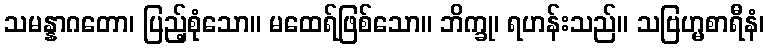
သမန္နာဂတော၊ ပြည့်စုံသော။ မထေရ်ဖြစ်သော။ ဘိက္ခု၊ ရဟန်းသည်။ သဗြဟ္မစာရီနံ၊